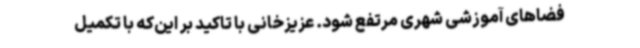
فضاهای آموزشی شهری مرتفع شود. عزیزخانی با تاکید بر این‌که با تکمیل